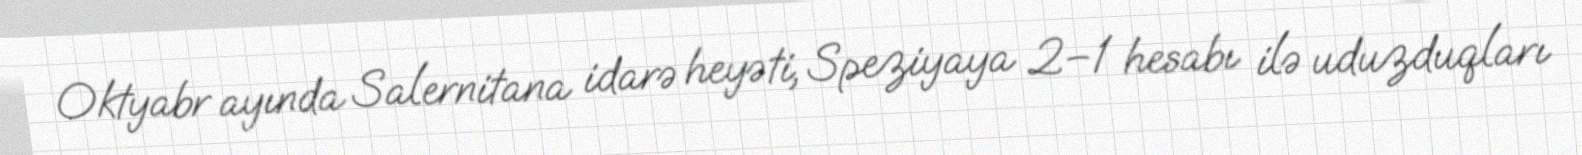
Oktyabr ayında Salernitana idarə heyəti, Speziyaya 2–1 hesabı ilə uduzduqları